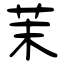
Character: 茉